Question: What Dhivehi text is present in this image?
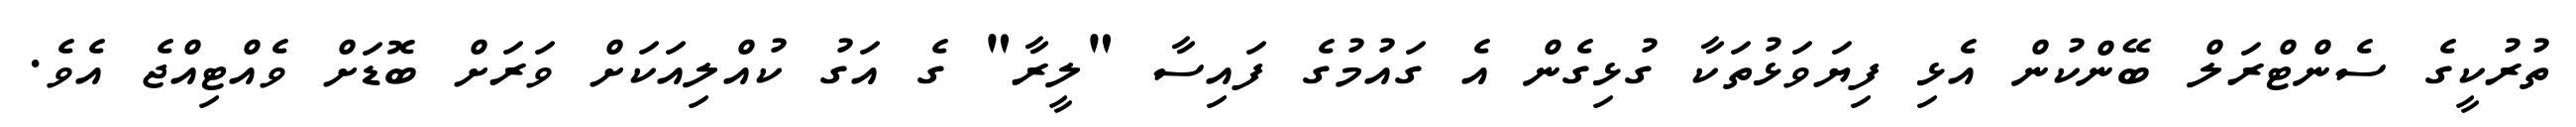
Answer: ތުރުކީގެ ސެންޓްރަލް ބޭންކުން އެޅި ފިޔަވަޅުތަކާ ގުޅިގެން އެ ގައުމުގެ ފައިސާ "ލީރާ" ގެ އަގު ކުއްލިއަކަށް ވަރަށް ބޮޑަށް ވެއްޓިއްޖެ އެވެ.